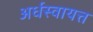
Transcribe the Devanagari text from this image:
अर्धस्वायत्त